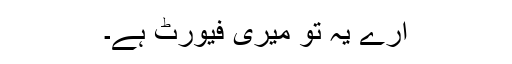
ارے یہ تو میری فیورٹ ہے۔